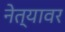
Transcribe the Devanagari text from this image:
नेत्यावर